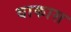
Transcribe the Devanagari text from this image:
वाकास